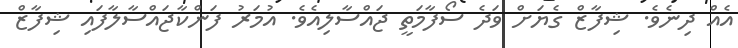
އެއް ދިނެވެ. ޝިފާޒް ގެޔަށް ވަދެ ސޯފާމަތީ ޖައްސާލިއެވެ. އުމަރު ފަންކާޖައްސާލާފައި ޝިފާޒް